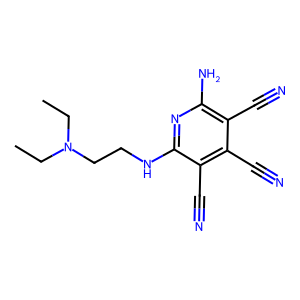
SMILES: CCN(CC)CCNc1nc(N)c(C#N)c(C#N)c1C#N
Inhibits HIV replication: No